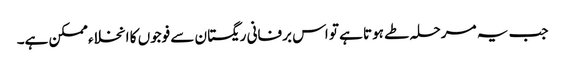
جب یہ مرحلہ طے ہوتا ہے تو اس برفانی ریگستان سے فوجوں کا انخلاء ممکن ہے۔